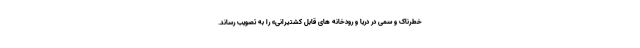
خطرناک و سمی در دریا و رودخانه های قابل کشتیرانی» را به تصویب رساند.